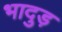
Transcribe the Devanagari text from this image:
भादुड़